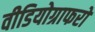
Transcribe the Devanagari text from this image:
वीडियोग्राफरों